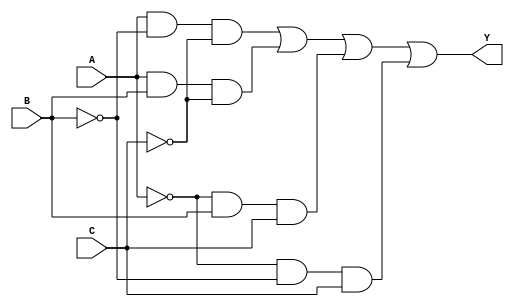
module combinational_logic (
    input wire A,   // Input A
    input wire B,   // Input B
    input wire C,   // Input C
    output wire Y   // Output Y
);

// Combinational Logic using Don't Care Conditions
assign Y = (A & ~B & ~C) | (A & B & ~C) | (~A & B & C) | (~A & ~B & C);

endmodule